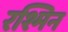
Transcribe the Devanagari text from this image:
रश्मिन